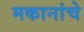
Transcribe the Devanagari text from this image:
मकानांचे